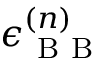
\epsilon _ { \mathrm { ~ B ~ B ~ } } ^ { ( n ) }